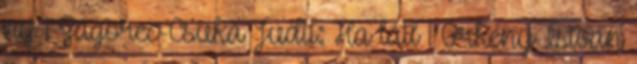
ny 1 Zágorec-Csuka Judit: Ha látl 1 Örkény István